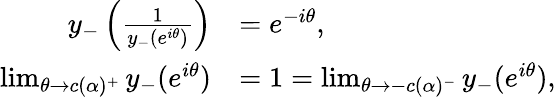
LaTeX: \begin{array}{rl}{y_{-}\left(\frac{1}{y_{-}\left(e^{i\theta}\right)}\right)}&{=e^{-i\theta},}\\ {\operatorname*{lim}_{\theta\rightarrow c(\alpha)^{+}}y_{-}(e^{i\theta})}&{=1=\operatorname*{lim}_{\theta\rightarrow-c(\alpha)^{-}}y_{-}(e^{i\theta}),}\end{array}